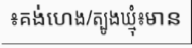
៖គង់ហេង/ត្បូងឃ្មុំ៖មាន